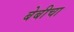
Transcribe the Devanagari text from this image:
बेबीचा